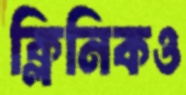
ক্লিনিকও